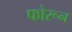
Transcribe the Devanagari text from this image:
फोरून